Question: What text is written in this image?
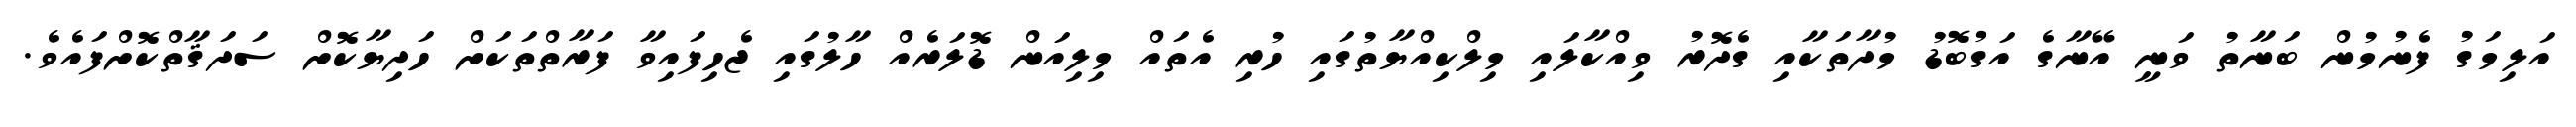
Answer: އަލިމަގު ފެނުމުން ބަނާތު ވަނީ އޭނާގެ އަގުބޮޑު މުދާތަކާއި ގެދޮރު ވިއްކާލައި މިލްކިއްޔާތުގައި ހުރި އެތައް މިލިއަން ޑޮލަރެއް ހާލުގައި ޖެހިފައިވާ ފަރާތްތަކަށް ހަދިޔާކޮށް ސަދަޤާތްކޮށްފައެވެ.